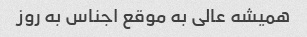
همیشه عالی به موقع اجناس به روز